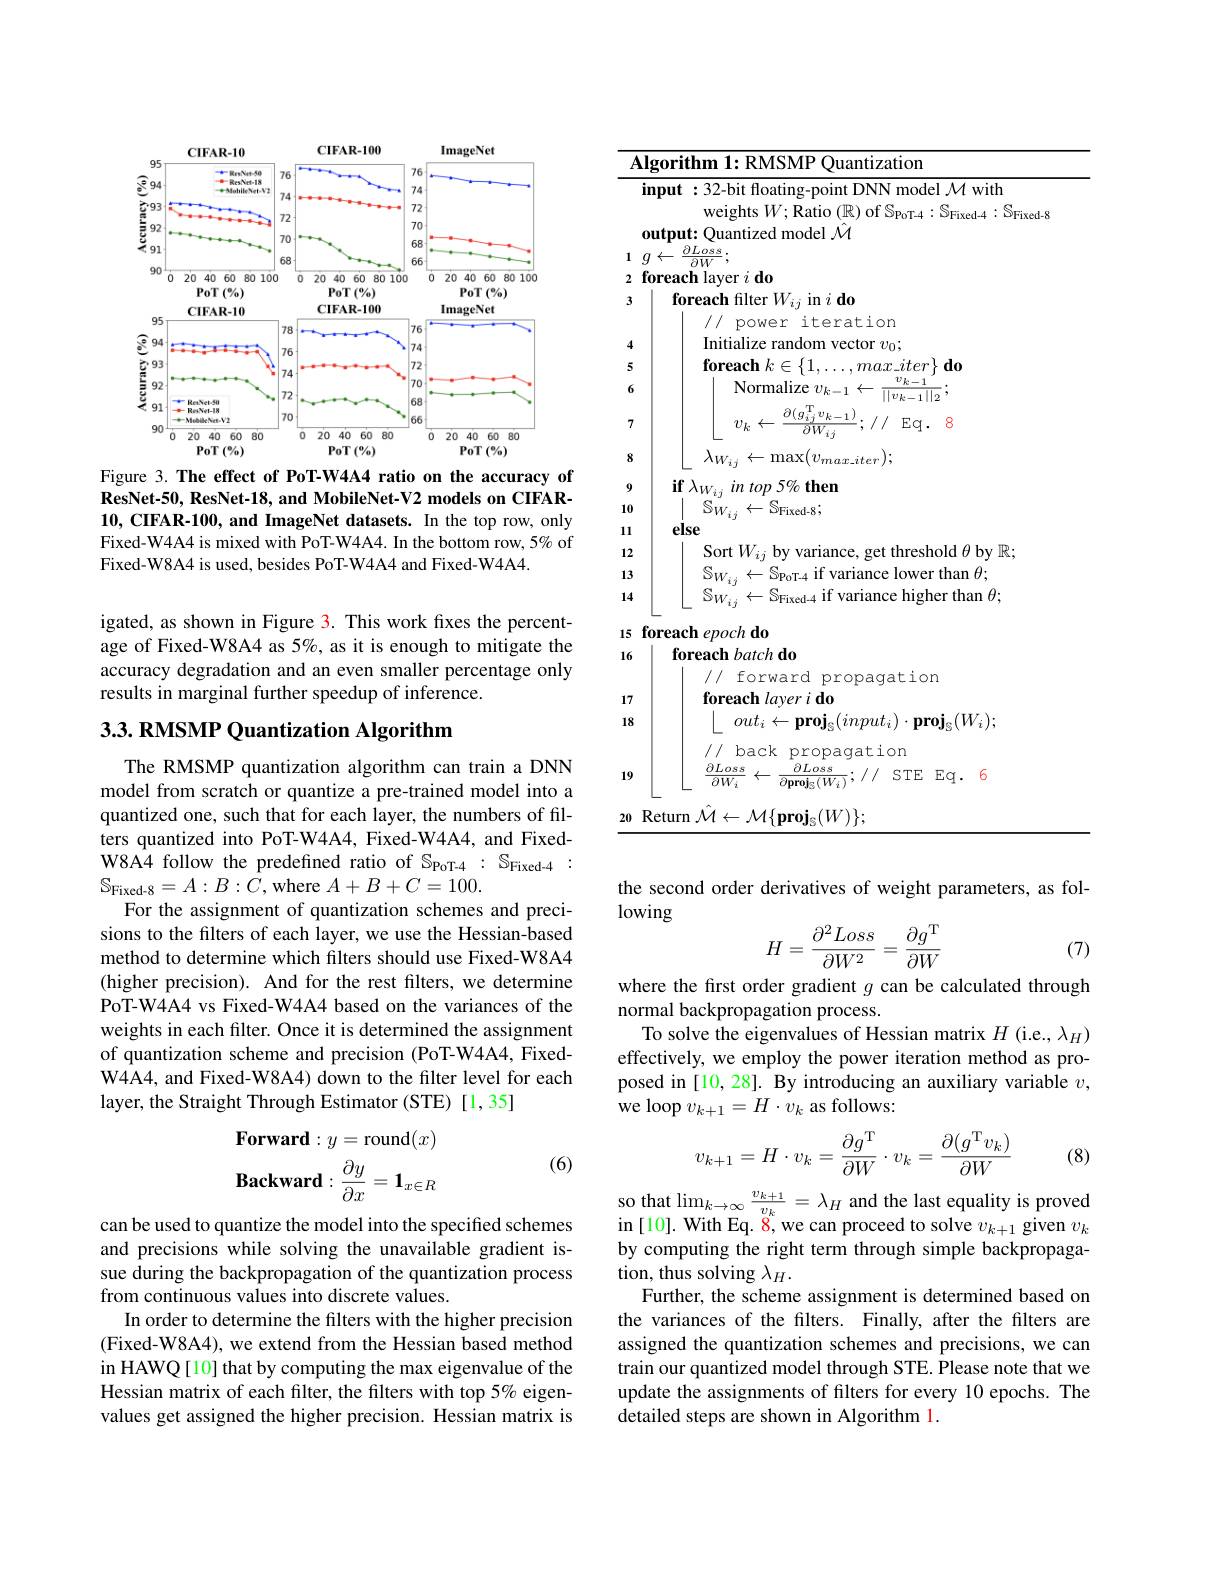
<FigureHere>
Figure 3. The effect of PoT-W4A4 ratio on the accuracy of

ResNet-50, ResNet-18, and MobileNet-V2 models on CIFAR- 10, CIFAR-100, and ImageNet datasets. In the top row, only Fixed-W4A4 is mixed with PoT-W4A4. In the bottom row, 5% of Fixed-W8A4 is used, besides PoT-W4A4 and Fixed-W4A4.

igated, as shown in Figure 3. This work fixes the percentage of Fixed-W8A4 as 5%, as it is enough to mitigate the accuracy degradation and an even smaller percentage only results in marginal further speedup of inference.

## $3. 3. \textbf{ RMSMP Quantization Algorithm}$

The RMSMP quantization algorithm can train a DNN model from scratch or quantize a pre-trained model into a quantized one, such that for each layer, the numbers of filters quantized into PoT-W4A4, Fixed-W4A4, and FixedW8A4 follow the predefined ratio of $\mathbb{S}_\mathrm{PoT-4}:\mathbb{S}_\mathrm{Fixed-4}:$ $\mathbb{S}_{\text{Fixed-8}}=A:B:C$,where $A+B+C=100.$
For the assignment of quantization schemes and precisions to the filters of each layer, we use the Hessian-based method to determine which filters should use Fixed-W8A4 (higher precision). And for the rest filters, we determine PoT-W4A4 vs Fixed-W4A4 based on the variances of the weights in each filter. Once it is determined the assignment of quantization scheme and precision (PoT-W4A4, FixedW4A4, and Fixed-W8A4) down to the filter level for each layer, the Straight Through Estimator (STE) [1,35]

(6)
$$\begin{array}{l}\textbf{Forward}:y=\text{round}(x)\\\textbf{Backward}:\dfrac{\partial y}{\partial x}=\mathbf{1}_{x\in R}\end{array}$$
can be used to quantize the model into the specified schemes and precisions while solving the unavailable gradient issue during the backpropagation of the quantization process from continuous values into discrete values.
In order to determine the filters with the higher precision (Fixed-W8A4), we extend from the Hessian based method in HAWQ[10] that by computing the max eigenvalue of the Hessian matrix of each filter, the filters with top 5% eigenvalues get assigned the higher precision. Hessian matrix is

${\overline{\mathrm{Algorithm~1:RMSMP~Quantization}}}$
input : 32-bit floating-point DNN model $\mathcal{M}$ with
weights $W;$Ratio $(\mathbb{R})$ of $\mathbb{S}_\mathrm{PoT-4}:\mathbb{S}_\mathrm{Fixed-4}:\mathbb{S}_\mathrm{Fixed-8}$
output: Quantized model $\hat{\mathcal{M}}$
1 $g\leftarrow \frac {\partial Loss}{\partial W};$
$2\textbf{ foreach layer }i\textbf{ do}$
3
foreach filter $W_{ij}$ in $i\textbf{do}$
// power iteration Initialize random vector $v_0;$
45
$\textbf{foreach }k\in \left \{ 1, \ldots , max\_ iter\right \} \textbf{do}$
Normalize $v_{k-1}\leftarrow\frac{v_{k-1}}{||v_{k-1}||_{2}};$ $v_{k}\leftarrow \frac {\partial ( g_{ij}^{\mathrm{T} }v_{k- 1}) }{\partial W_{ij}};$ / Eq.8
78
$\lambda_{W_{ij}}\leftarrow\max(v_{max\_iter});$
9
$\textbf{if}\lambda _{W_{ij}}$ in top 5% then
10
$\overset{\mid}{\operatorname*{\operatorname*{else}}}\overset{\mid}{\operatorname*{\operatorname*{S}}_{W_{ij}}}\leftarrow\overset{\mid}{\operatorname*{S}_{\mathrm{Fixed-8}}};$
11
Sort $W_{ij}$ by variance, get threshold $\theta$ by $\mathbb{R};$
1213
$\begin{array}{l}{{\mathcal{S}_{W_{ij}}\leftarrow\mathcal{S}_{\mathrm{PoT-4}}\text{ if variance lower than }\theta;}}\\{{\mathcal{S}_{W_{ij}}\leftarrow\mathcal{S}_{\mathrm{Fixed-4}}\text{ if variance higher than }\theta;}}\end{array}$
14
15 foreach epoch do
16
foreach batch do
// forward propagation
foreach layer i do
1718
$\left\lfloor\begin{array}{cc}out_i\leftarrow\mathbf{proj}_S(input_i)\cdot\mathbf{proj}_S(W_i);\end{array}\right\rfloor$
// back propagation
19
$\frac{\partial Loss}{\partial W_{i}}\leftarrow\frac{\partial Loss}{\partial\mathbf{proj}_{5}(W_{i})};//$STE Eq.6
$\underline{20}$ Return $\hat{\mathcal{M}}\leftarrow\mathcal{M}\{\mathbf{proj}_{\mathcal{S}}(W)\};$

the second order derivatives of weight parameters, as fol-
lowing
$$H=\frac{\partial^2Loss}{\partial W^2}=\frac{\partial g^\mathrm{T}}{\partial W}$$
(7)

where the first order gradient $g$ can be calculated through
normal backpropagation process.
To solve the eigenvalues of Hessian matrix $H$ (i.e., $\lambda_H)$ effectively, we employ the power iteration method as proposed in [10, 28]. By introducing an auxiliary variable $v$, we loop $v_k+1=H\cdot v_k$ as follows:
$$v_{k+1}=H\cdot v_k=\frac{\partial g^\mathrm{T}}{\partial W}\cdot v_k=\frac{\partial(g^\mathrm{T}v_k)}{\partial W}$$
(8)

$\begin{array}{l}\text{so that lim}_{k\to\infty}\frac{v_{k+1}}{v_{k}}=\lambda_{H}\text{ and the last equality is proved}\\\mathrm{in~[10].~With~Eq.~8,~we~can~proceed~to~solve~}v_{k+1}\text{ given }v_{k}\end{array}$ by computing the right term through simple backpropagation, thus solving $\lambda_H.$
Further, the scheme assignment is determined based on the variances of the filters. Finally, after the filters are assigned the quantization schemes and precisions, we can train our quantized model through STE. Please note that we update the assignments of filters for every 10 epochs. The detailed steps are shown in Algorithm 1